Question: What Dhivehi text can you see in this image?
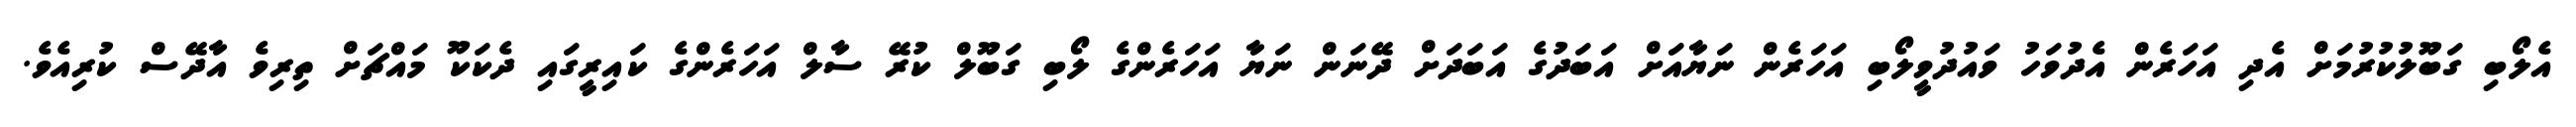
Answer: އެލޯބި ގަބޫލުކުރުމަށް އެދި އަހަރެން އެދުވަހު ވައުދުވީލޯބި އަހަރެން ނަޔާއަށް އަބަދުގެ އަބަދަށް ދޭނަން ނަޔާ އަހަރެންގެ ލޯބި ގަބޫލް ކުރޭ ސާލް އަހަރެންގެ ކައިރީގައި ދެކަކޫ މައްޗަށް ތިރިވެ އާދޭސް ކުރިއެވެ.